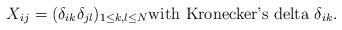
\begin{align*}X_{ij}=(\delta_{ik}\delta_{jl})_{1\leq k, l\leq N}\textrm{with Kronecker's delta }\delta_{ik}.\end{align*}